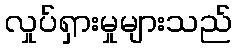
လှုပ်ရှားမှုများသည်